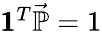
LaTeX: \begin{array}{r}{\pmb{1}^{T}\vec{\mathbb{P}}=1}\end{array}